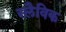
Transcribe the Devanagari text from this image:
स्लैविक